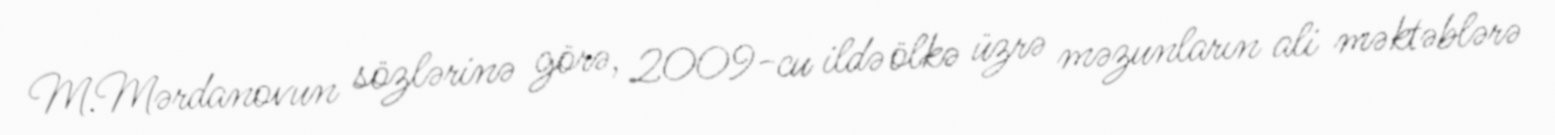
M.Mərdanovun sözlərinə görə, 2009-cu ildə ölkə üzrə məzunların ali məktəblərə